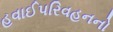
હવાઈપરિવહનનો